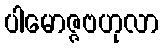
ပါမောဇ္ဇဗဟုလာ